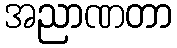
အညာဏတာ